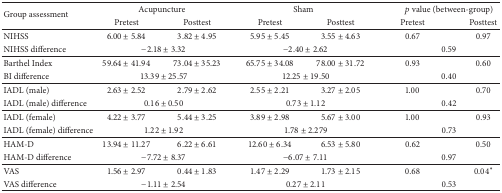
| <ROWSPAN=2> Group assessment | <COLSPAN=2> Acupuncture | <COLSPAN=2> Sham | <COLSPAN=2> p value (between-group) |
 | Pretest | Posttest | Pretest | Posttest | Pretest | Posttest |
 | --- | --- | --- | --- | --- | --- | --- |
 | NIHSS | 6.00 ± 5.84 | 3.82 ± 4.95 | 5.95 ± 5.45 | 3.55 ± 4.63 | 0.67 | 0.97 |
 | NIHSS difference | <COLSPAN=2> −2.18 ± 3.32 | <COLSPAN=2> −2.40 ± 2.62 | <COLSPAN=2> 0.59 |
 | Barthel Index | 59.64 ± 41.94 | 73.04 ± 35.23 | 65.75 ± 34.08 | 78.00 ± 31.72 | 0.93 | 0.60 |
 | BI difference | <COLSPAN=2> 13.39 ± 25.57 | <COLSPAN=2> 12.25 ± 19.50 | <COLSPAN=2> 0.40 |
 | IADL (male) | 2.63 ± 2.52 | 2.79 ± 2.62 | 2.55 ± 2.21 | 3.27 ± 2.05 | 1.00 | 0.70 |
 | IADL (male) difference | <COLSPAN=2> 0.16 ± 0.50 | <COLSPAN=2> 0.73 ± 1.12 | <COLSPAN=2> 0.42 |
 | IADL (female) | 4.22 ± 3.77 | 5.44 ± 3.25 | 3.89 ± 2.98 | 5.67 ± 3.00 | 1.00 | 0.93 |
 | IADL (female) difference | <COLSPAN=2> 1.22 ± 1.92 | <COLSPAN=2> 1.78 ± 2.279 | <COLSPAN=2> 0.73 |
 | HAM-D | 13.94 ± 11.27 | 6.22 ± 6.61 | 12.60 ± 6.34 | 6.53 ± 5.80 | 0.62 | 0.50 |
 | HAM-D difference | <COLSPAN=2> −7.72 ± 8.37 | <COLSPAN=2> −6.07 ± 7.11 | <COLSPAN=2> 0.97 |
 | VAS | 1.56 ± 2.97 | 0.44 ± 1.83 | 1.47 ± 2.29 | 1.73 ± 2.15 | 0.68 | 0.04∗ |
 | VAS difference | <COLSPAN=2> −1.11 ± 2.54 | <COLSPAN=2> 0.27 ± 2.11 | <COLSPAN=2> 0.53 |